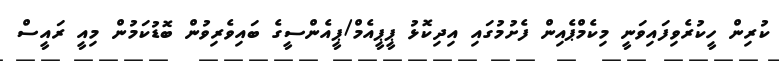
ކުރިން ހީކުރެވިފައިވަނީ މިކެމްޕެއިން ފެށުމުގައި އިދިކޮޅު ޕީޕީއެމް/ޕީއެންސީގެ ބައިވެރިވުން ބޮޑުކަމުން މިއީ ރައީސް